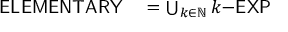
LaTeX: \begin{array} { r l } { { \mathsf { E L E M E N T A R Y } } } & { { } = \bigcup _ { k \in \mathbb { N } } k { \mathsf { { \mathrm { - } } E X P } } } \end{array}